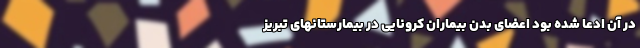
در آن ادعا شده بود اعضای بدن بیماران کرونایی در بیمارستانهای تبریز